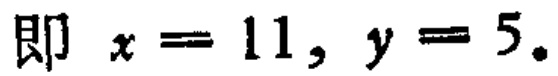
即 \(x = 11, y = 5\)。对应的LATEX格式为：\(\text{即 }x = 11, y = 5.\)